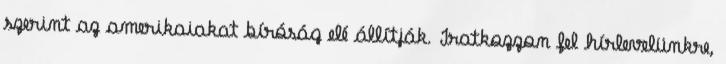
szerint az amerikaiakat bíróság elé állítják. Iratkozzon fel hírlevelünkre,